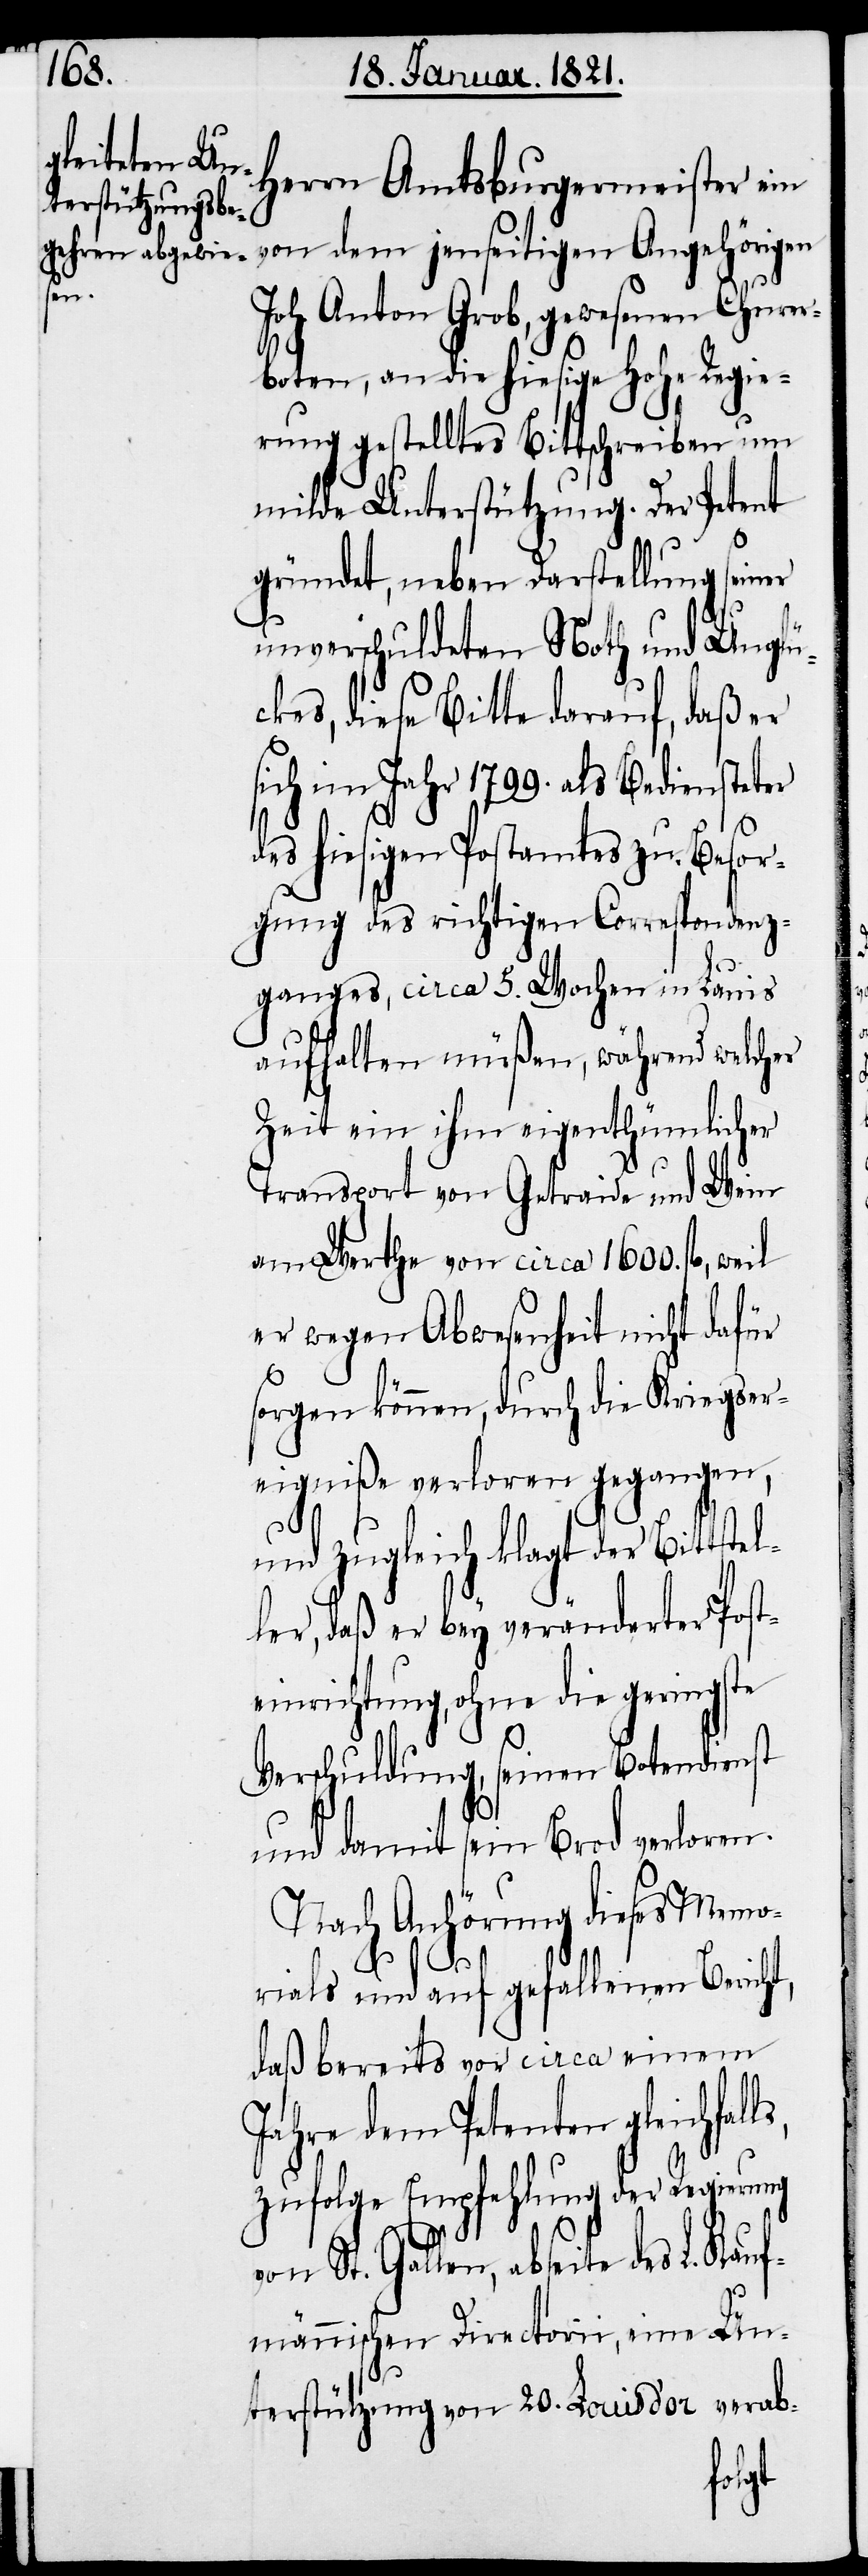
Herrn Amtsbürgermeister ein
von dem jenseitigen Angehörigen
Joh. Anton Grob, gewesenen Churer¬
boten, an die hiesige hohe Regie¬
rung gestelltes Bittschreiben um
milde Unterstützung. Der Petent
gründet, neben Darstellung seiner
unverschuldeten Noth und Unglü¬
ckes, diese Bitte darauf, daß er
sich im Jahr 1799. als Bediensteter
des hiesigen Postamtes zu Besor¬
gung des richtigen Correspondenz¬
ganges, circa 5. Wochen in Lauis
aufhalten müßen, während welcher
Zeit ein ihm eigenthümlicher
Transport von Getraide und Wein
am Werthe von circa 1600. fl., weil
er wegen Abwesenheit nicht dafür
sorgen können, durch die Kriegser¬
eigniße verloren gegangen,
L.
und zugleich klagt der Bittstel¬
ler, daß er bey veränderter Poste¬
inrichtung, ohne die geringste
Verschuldung, seinen Botendienst
und damit sein Brod verloren.
Nach Anhörung dieses Memo¬
rials und auf gefallenen Berich¬
daß bereits vor circa einem
Jahre dem Petenten gleichfal¬
zufolge Empfehlung der Regierung
von St. Gallen, abseite des
männischen Directorii, eine Un¬
terstützung von 20. Louis d’or verab-
Kauf¬